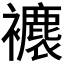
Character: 𧞱